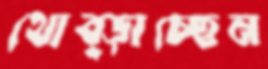
থোব্‌ড়াচ্ছেন